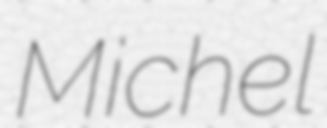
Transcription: Michel